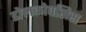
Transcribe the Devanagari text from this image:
डोलकोपसिस